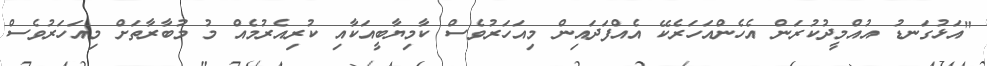
"އަޅުގަނޑު އުއްމީދުކުރަން އެހެންއަހަރެކޭ އެއްފަދައިން މިއަހަރުވެސް ކާމިޔާބީއަކާއި ކުރިއެރުމެއް މު މުބާރާތަށް މިއަހަރުވެސް